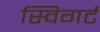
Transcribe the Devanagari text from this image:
स्विगर्ट